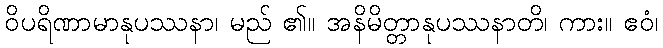
ဝိပရိဏာမာနုပဿနာ၊ မည် ၏။ အနိမိတ္တာနုပဿနာတိ၊ ကား။ ဧဝံ၊